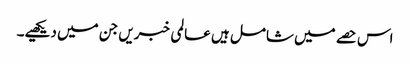
اس حصے میں شامل ہیں عالمی خبریں جن میں دیکھیے۔